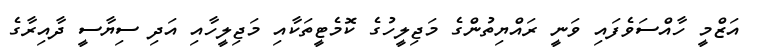
އަޒްމީ ހާއްސަވެފައި ވަނީ ރައްޔިތުންގެ މަޖިލީހުގެ ކޮމެޓީތަކާއި މަޖިލީހާއި އަދި ސިޔާސީ ދާއިރާގެ